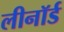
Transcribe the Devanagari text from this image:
लीनॉर्ड